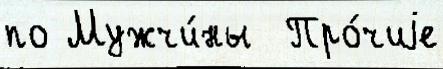
по Мужчи́ны  Про́чиjе